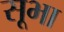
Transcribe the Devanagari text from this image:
सूभा